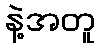
နဲ့အတူ